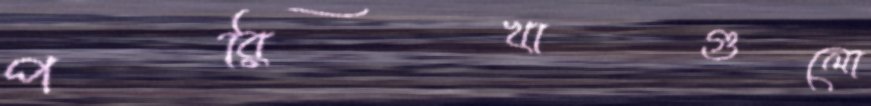
পরিখাগুলো